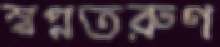
স্বপ্নতরুণ